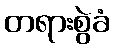
တရားစွဲခံ